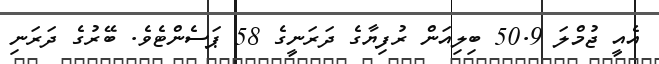
އެއީ ޖުމްލަ 50.9 ބިލިއަން ރުފިޔާގެ ދަރަނީގެ 58 ޕަސެންޓެވެ. ބޭރުގެ ދަަރަނި